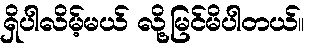
ရှိပါလိမ့်မယ် လို့မြင်မိပါတယ်။